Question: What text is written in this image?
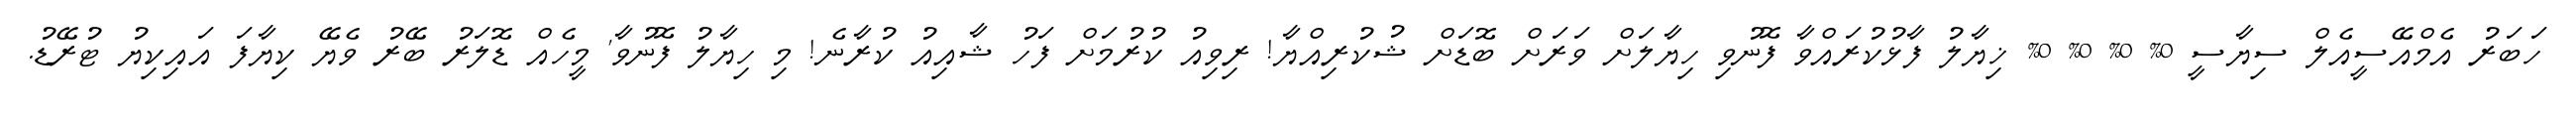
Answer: ހަބަރު އެމްއޭސީއެލް ސިޔާސީ 0% 0% 0% 0% ޚިޔާލު ފާޅުކުރައްވާ ފޮނުވި ހިޔާލަށް ވަރަށް ބޮޑަށް ޝުކުރިއްޔާ! ރިވިއު ކުރުމަށް ފަހު ޝާއިއު ކުރާނެ! މި ހިޔާލު ފޮނުވާ' މީހެއް ޑޮލަރު ބޭރު ވެޔޭ ކިޔާފަ އައިކިޔު ޓުރޭޑު.